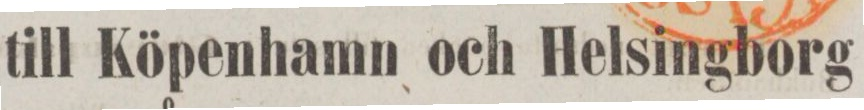
till Köpenhamn och Helsingborg